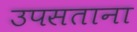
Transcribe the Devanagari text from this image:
उपसताना